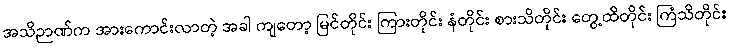
အသိဉာဏ်က အားကောင်းလာတဲ့ အခါ ကျတော့ မြင်တိုင်း ကြားတိုင်း နံတိုင်း စားသိတိုင်း တွေ့ထိတိုင်း ကြံသိတိုင်း